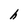
Character: h